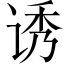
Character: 诱